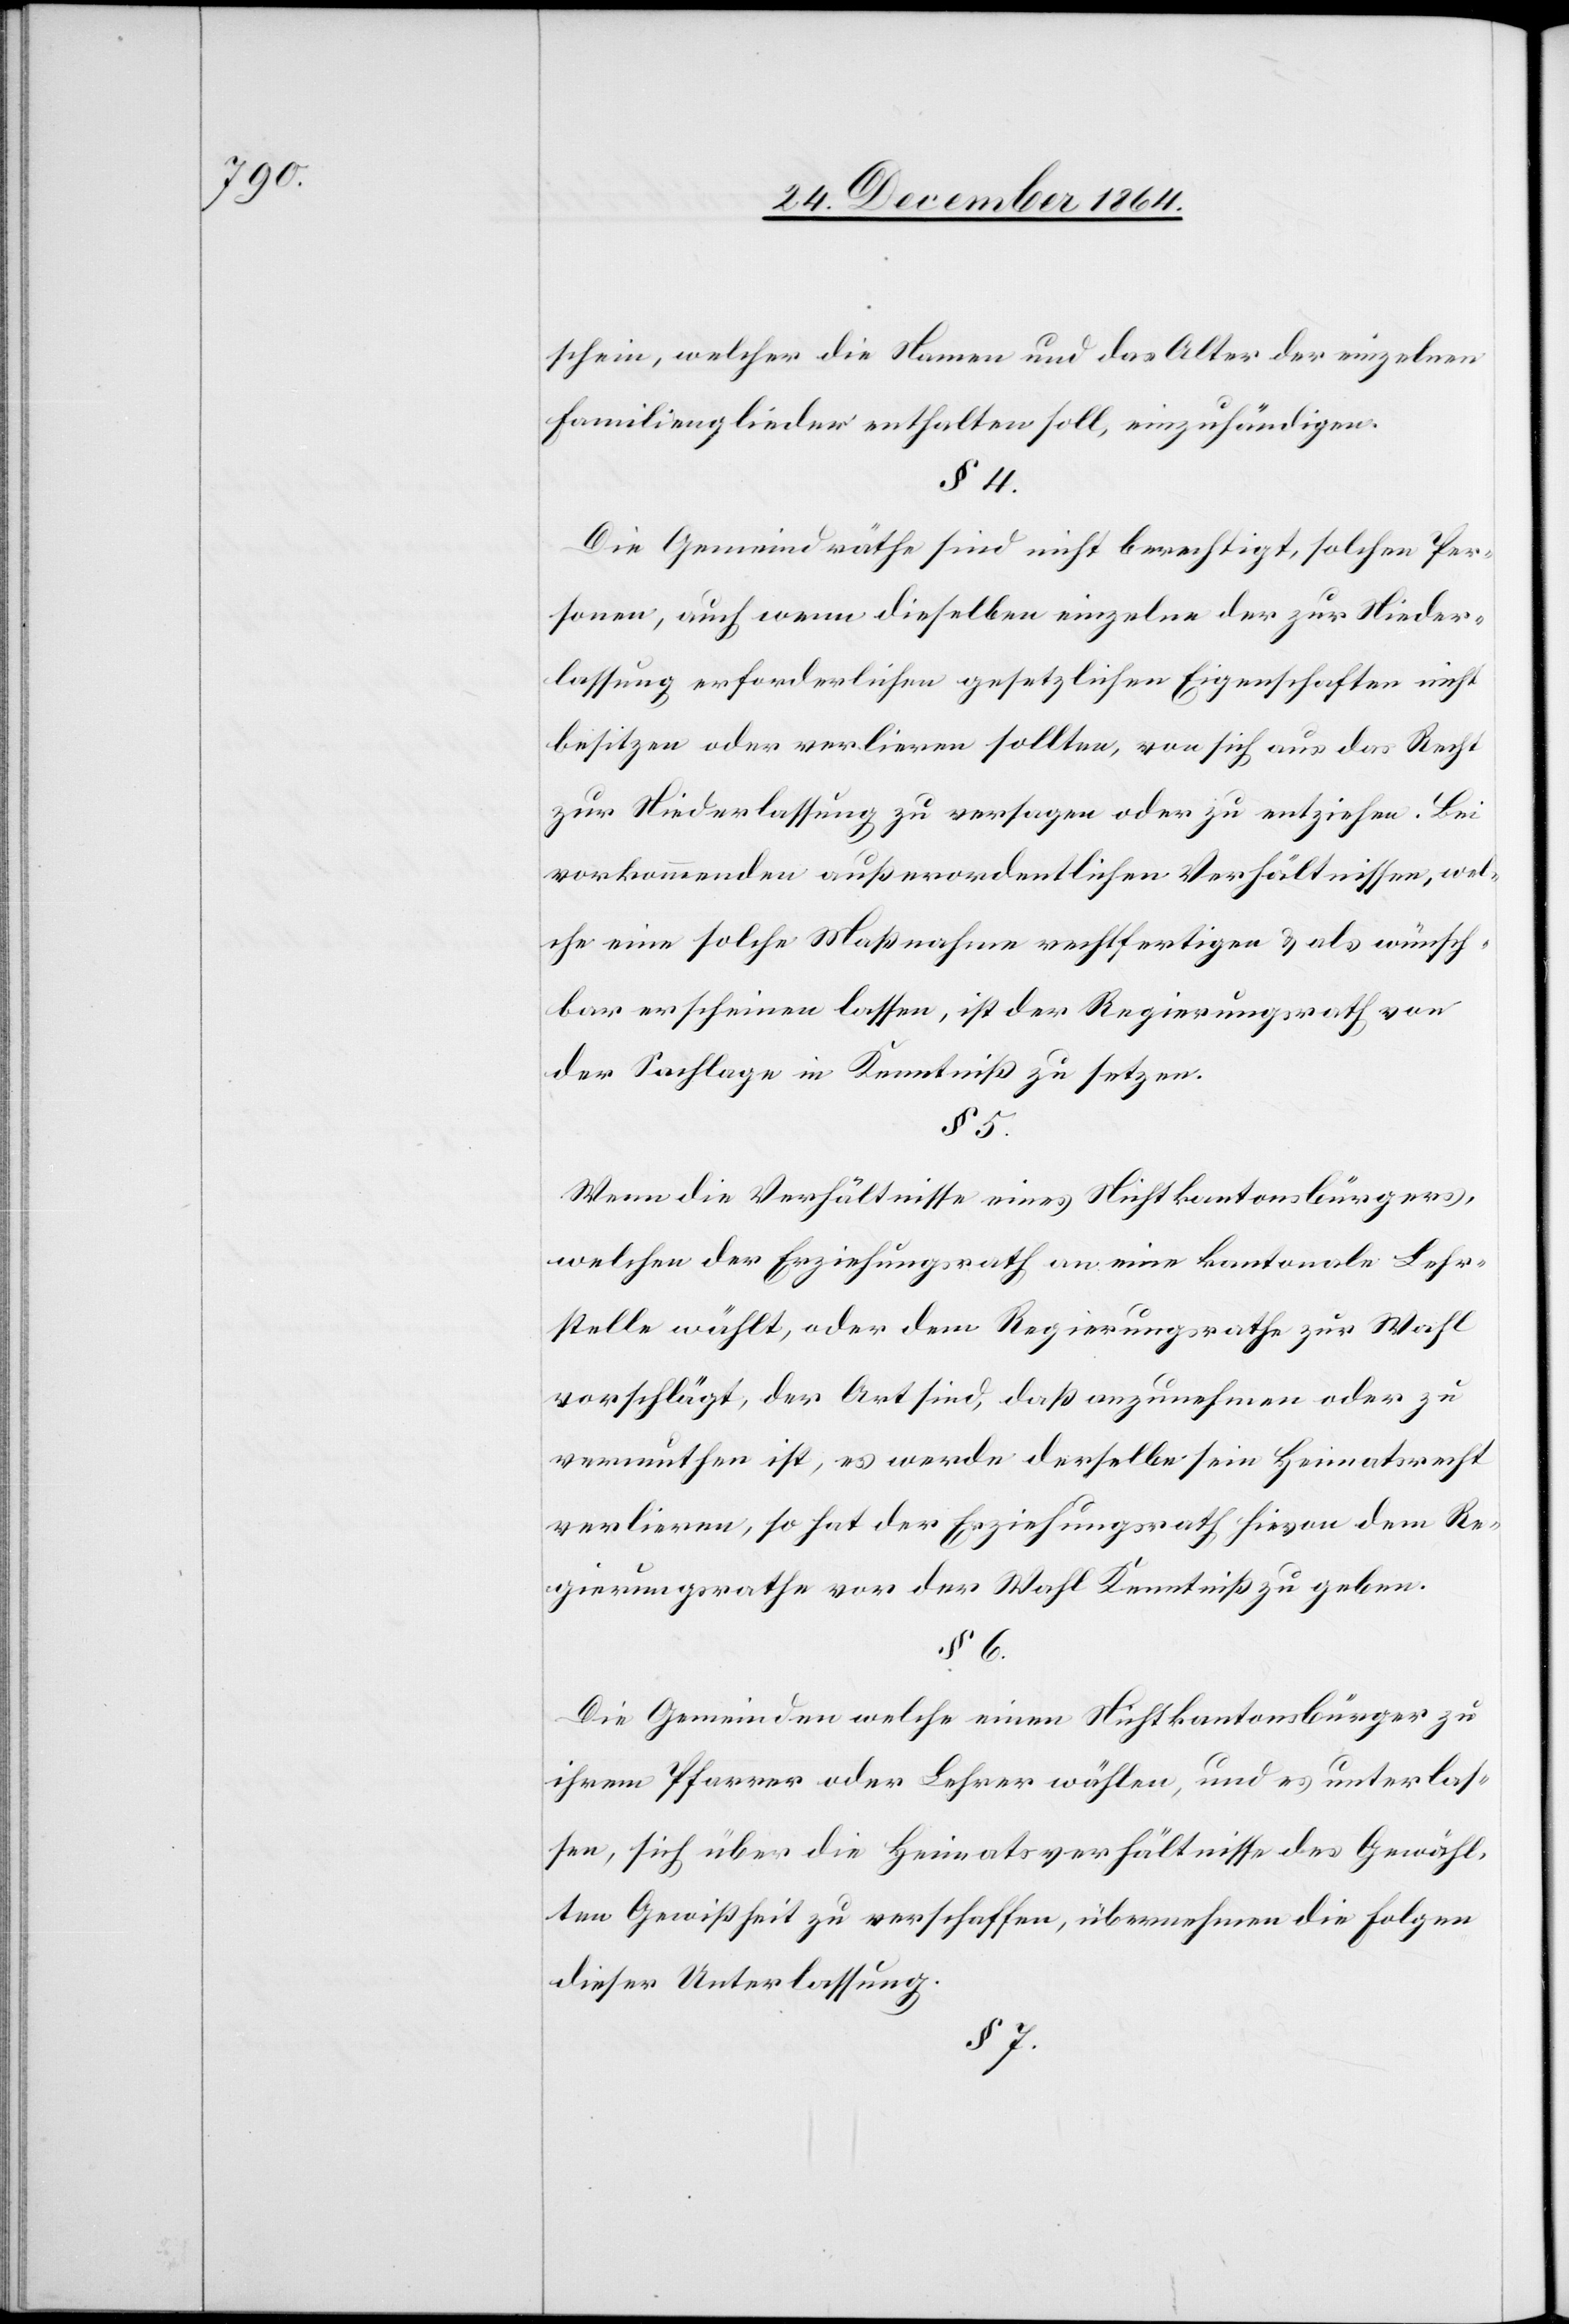
schein, welcher die Namen und das Alter der einzelnen
Familienmitglieder enthalten soll, einzuhändigen.
§ 4.
Die Gemeindräthe sind nicht berechtigt, solchen Per¬
sonen, auch wenn dieselben einzelne der zur Nieder¬
lassung erforderlichen gesetzlichen Eigenschaften nicht
besitzen oder verlieren sollten, von sich aus das Recht
zur Niederlassung zu versagen oder zu entziehen. Bei
vorkommenden außerordentlichen Verhältnissen, wel¬
che eine solche Maßnahme rechtfertigen & als wünsch¬
bar erscheinen lassen, ist der Regierungsrath von
der Sachlage in Kenntniß zu setzen.
§ 5.
Wenn die Verhältnisse eines Nichtkantonsbürgers,
welchen der Erziehungsrath an eine kantonale Lehr¬
stelle wählt, oder dem Regierungsrathe zur Wahl
vorschlägt, der Art sind, daß anzunehmen oder zu
vermuthen ist, es werde derselbe sein Heimatsrecht
verlieren, so hat der Erziehungsrath hievon dem Re¬
gierungsrathe vor der Wahl Kenntniß zu geben.
§ 6.
Die Gemeinden welche einen Nichtkantonsbürger zu
ihrem Pfarrer oder Lehrer wählen, und es unterlas¬
sen, sich über die Heimatsverhältnisse des Gewähl¬
ten Gewißheit zu verschaffen, übernehmen die Folgen
dieser Unterlassung.
§ 7.